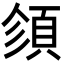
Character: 𩒉